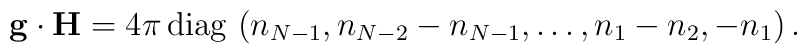
{\bf g}\cdot {\bf H} ={4\pi}\, {\rm diag}\,\, (n_{N-1},           n_{N-2}-n_{N-1}, \dots,   n_1-n_2, -n_1 )  \, .